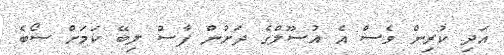
އަދި ކުރިން ވެސް އެ އުސޫލްގެ ދަށުން ފާސް ލިބޭ ކަމަށް ސޯބެ